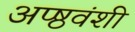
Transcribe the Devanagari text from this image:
अप्ष्ठवंशी